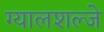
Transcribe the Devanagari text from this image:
ग्यालशल्जे